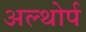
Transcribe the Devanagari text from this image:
अल्थोर्प